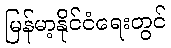
မြန်မာ့နိုင်ငံရေးတွင်